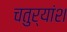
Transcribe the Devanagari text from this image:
चतुर्यांश